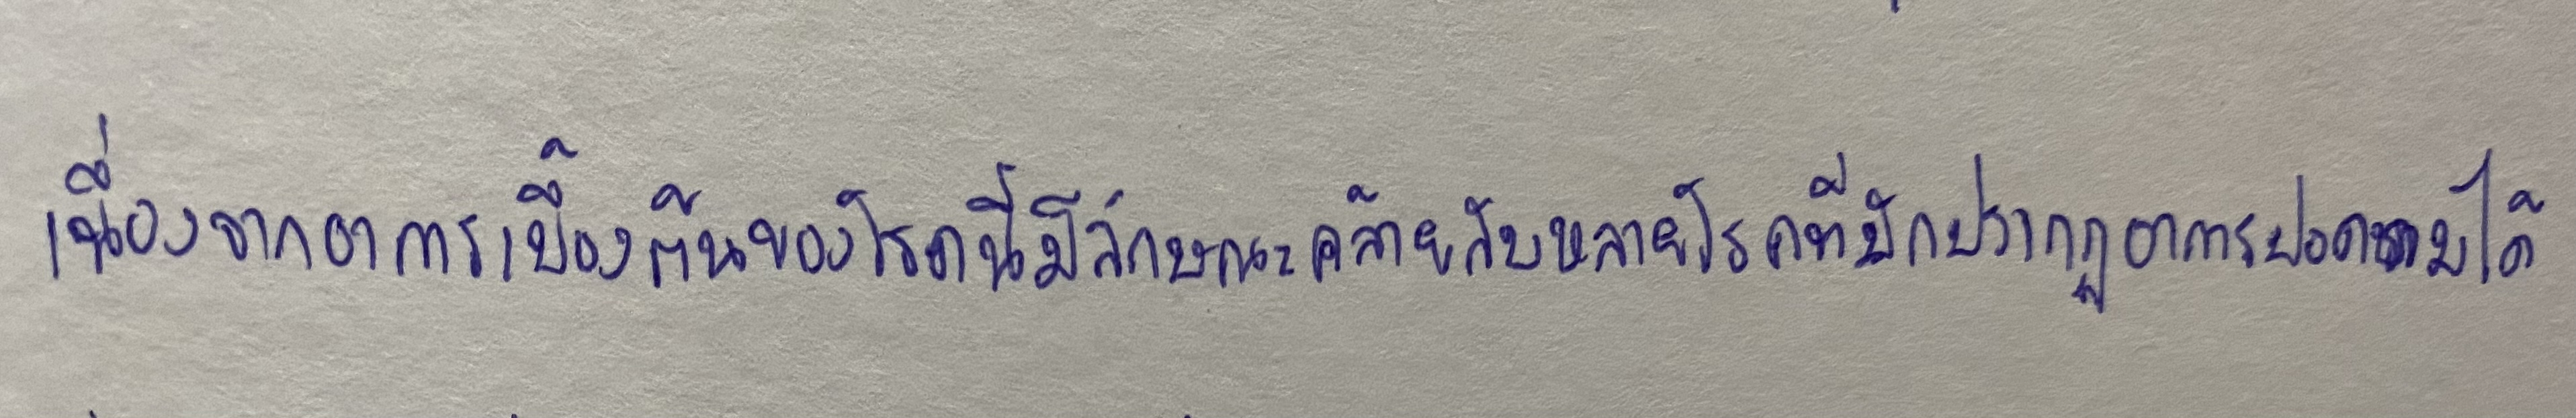
เนื่องจากอาการเบื้องต้นของโรคนี้มีลักษณะคล้ายกับหลายโรคที่มักปรากฏอาการปอดบวมได้